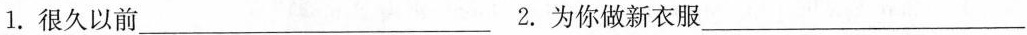
1.很久以前___ 2.为你做新衣服___